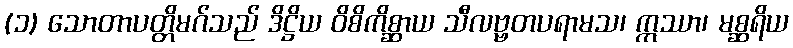
(၁) သောတာပတ္တိမဂ်သည် ဒိဋ္ဌိယ ဝိစိကိစ္ဆာယ သီလဗ္ဗတပရာမသ၊ ဣဿာ၊ မစ္ဆရိယ